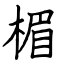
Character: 楣